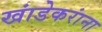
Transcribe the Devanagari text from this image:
खांडेकरांना